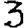
Digit: 3